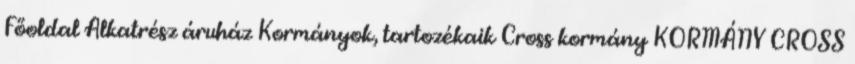
Főoldal Alkatrész áruház Kormányok, tartozékaik Cross kormány KORMÁNY CROSS